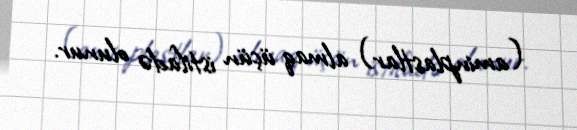
(aminplastlar) almaq üçün istifadə olunur.